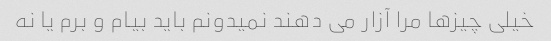
خیلی چیزها مرا آزار می دهند نمیدونم باید بیام و برم یا نه